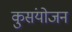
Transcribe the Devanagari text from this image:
कुसंयोजन